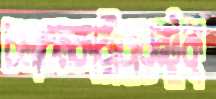
চলাচলকারীরারন্টুক্